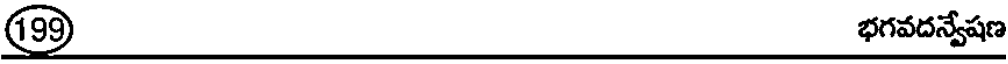
(99 భగవదన్వేషణ